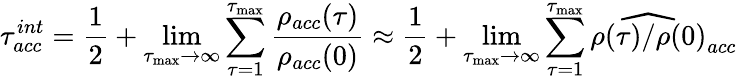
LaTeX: \tau_{acc}^{int}=\frac{1}{2}+\operatorname*{lim}_{\tau_{\mathrm{max}}\rightarrow\infty}\sum_{\tau=1}^{\tau_{\mathrm{max}}}\frac{\rho_{acc}(\tau)}{\rho_{acc}(0)}\approx\frac{1}{2}+\operatorname*{lim}_{\tau_{\mathrm{max}}\rightarrow\infty}\sum_{\tau=1}^{\tau_{\mathrm{max}}}\widehat{\rho(\tau)/\rho(0)}_{acc}